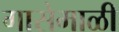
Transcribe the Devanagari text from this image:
गासेमाळी